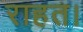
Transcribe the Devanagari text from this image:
राहत।